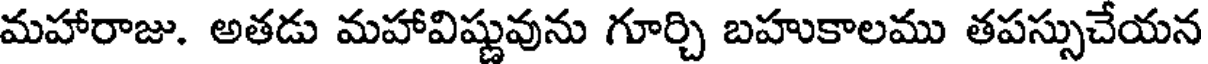
మహారాజు. అతడు మహావిష్ణువును గూర్చి బహుకాలము తపస్సుచేయన